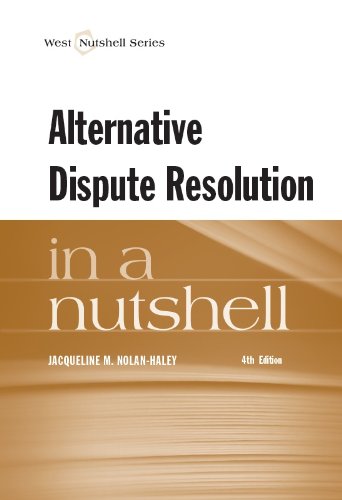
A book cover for Alternative Dispute Resolution in a Nutshell; Jacqueline Nolan-Haley; Law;